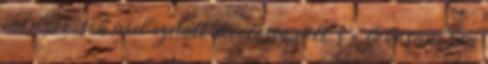
már sok-sok évvel ezelőtt divatossá vált, s a lakásunkban